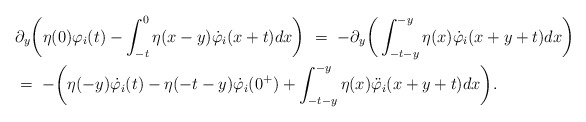
\begin{align*}&\partial_y\bigg(\eta(0)\varphi_i(t) - \int_{-t}^0 \eta(x-y)\dot{\varphi}_i(x+t)dx\bigg) \ = \ -\partial_y\bigg(\int_{-t-y}^{-y}\eta(x)\dot{\varphi}_i(x+y+t)dx\bigg) \\&= \ - \bigg(\eta(-y)\dot{\varphi}_i(t) - \eta(-t-y)\dot{\varphi}_i(0^+) + \int_{-t-y}^{-y}\eta(x)\ddot{\varphi}_i(x+y+t)dx\bigg).\end{align*}